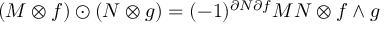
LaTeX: ( M \otimes f ) \odot ( N \otimes g ) = ( - 1 ) ^ { \partial N \partial f } M N \otimes f \wedge g